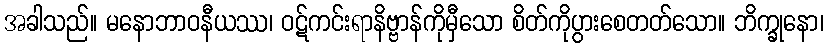
အခါသည်။ မနောဘာဝနီယဿ၊ ဝဋ်ကင်းရာနိဗ္ဗာန်ကိုမှီသော စိတ်ကိုပွားစေတတ်သော။ ဘိက္ခုနော၊